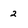
Character: 2